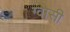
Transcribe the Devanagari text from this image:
ग्वासी